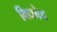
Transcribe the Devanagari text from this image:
विधवेव